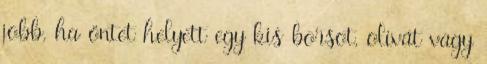
jobb, ha öntet helyett egy kis borsot, olívát vagy